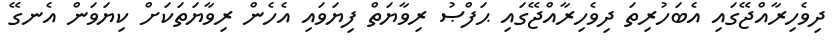
ދިވެހިރާއްޖޭގައި އެބަހުރިތަ ދިވެހިރާއްޖޭގައި ޙަފްޞު ރިވާޔަތް ފިޔަވައި އެހެން ރިވާޔަތަކަށް ކިޔަވަން އެނގޭ